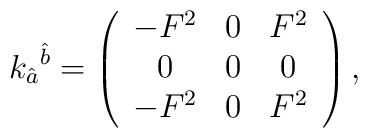
k_{\hat a}{}^{\hat b} = \left(\begin{array}{ccc}-F^2  & 0  & F^2 \\0    & 0  & 0   \\-F^2    & 0  & F^2\end{array}\right),